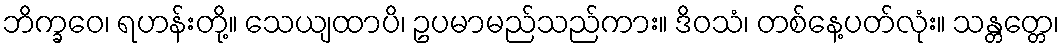
ဘိက္ခဝေ၊ ရဟန်းတို့။ သေယျထာပိ၊ ဥပမာမည်သည်ကား။ ဒိဝသံ၊ တစ်နေ့ပတ်လုံး။ သန္တတ္တေ၊